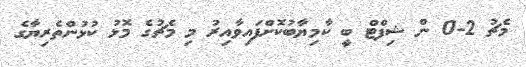
މެޗު 2-0 ން ޝިފްޓް ބީ ކާމިޔާބުކޮށްފައިވާއިރު މި މެޗުގެ މޮޅު ކުޅުންތެރިޔާގެ